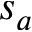
s _ { a }